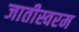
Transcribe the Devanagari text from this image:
जातीस्वरम